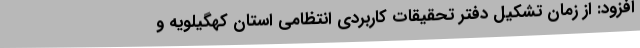
افزود: از زمان تشکیل دفتر تحقیقات کاربردی انتظامی استان کهگیلویه و